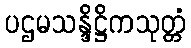
ပဌမသန္ဒိဋ္ဌိကသုတ္တံ